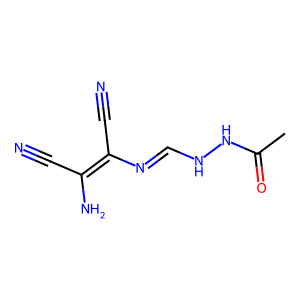
SMILES: CC(=O)NNC=NC(C#N)=C(N)C#N
Inhibits HIV replication: No